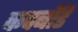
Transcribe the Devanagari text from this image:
कपबाॅर्ड